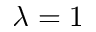
\lambda = 1